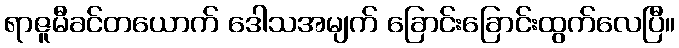
ရာဇူမီခင်တယောက် ဒေါသအမျက် ခြောင်းခြောင်းထွက်လေပြီ။